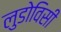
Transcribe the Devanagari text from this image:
लुडोविसी